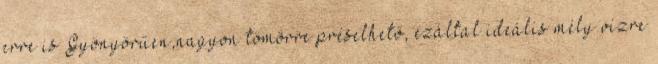
erre is Gyönyörűen,nagyon tömörre préselhető, ezáltal ideális mély vízre